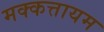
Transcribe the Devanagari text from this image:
मक्कत्तायम